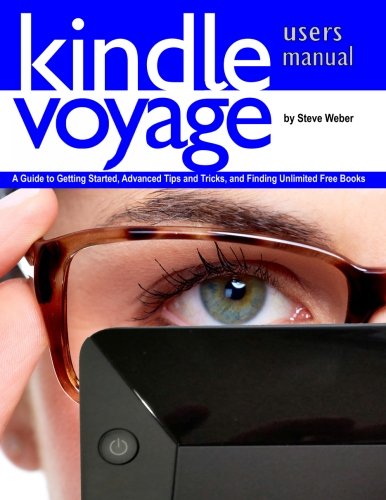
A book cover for Kindle Voyage Users Manual: A Guide to Getting Started, Advanced Tips and Tricks, and Finding Unlimited Free Books; Steve Weber; Computers & Technology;